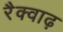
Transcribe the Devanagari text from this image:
रैक्वाढ़